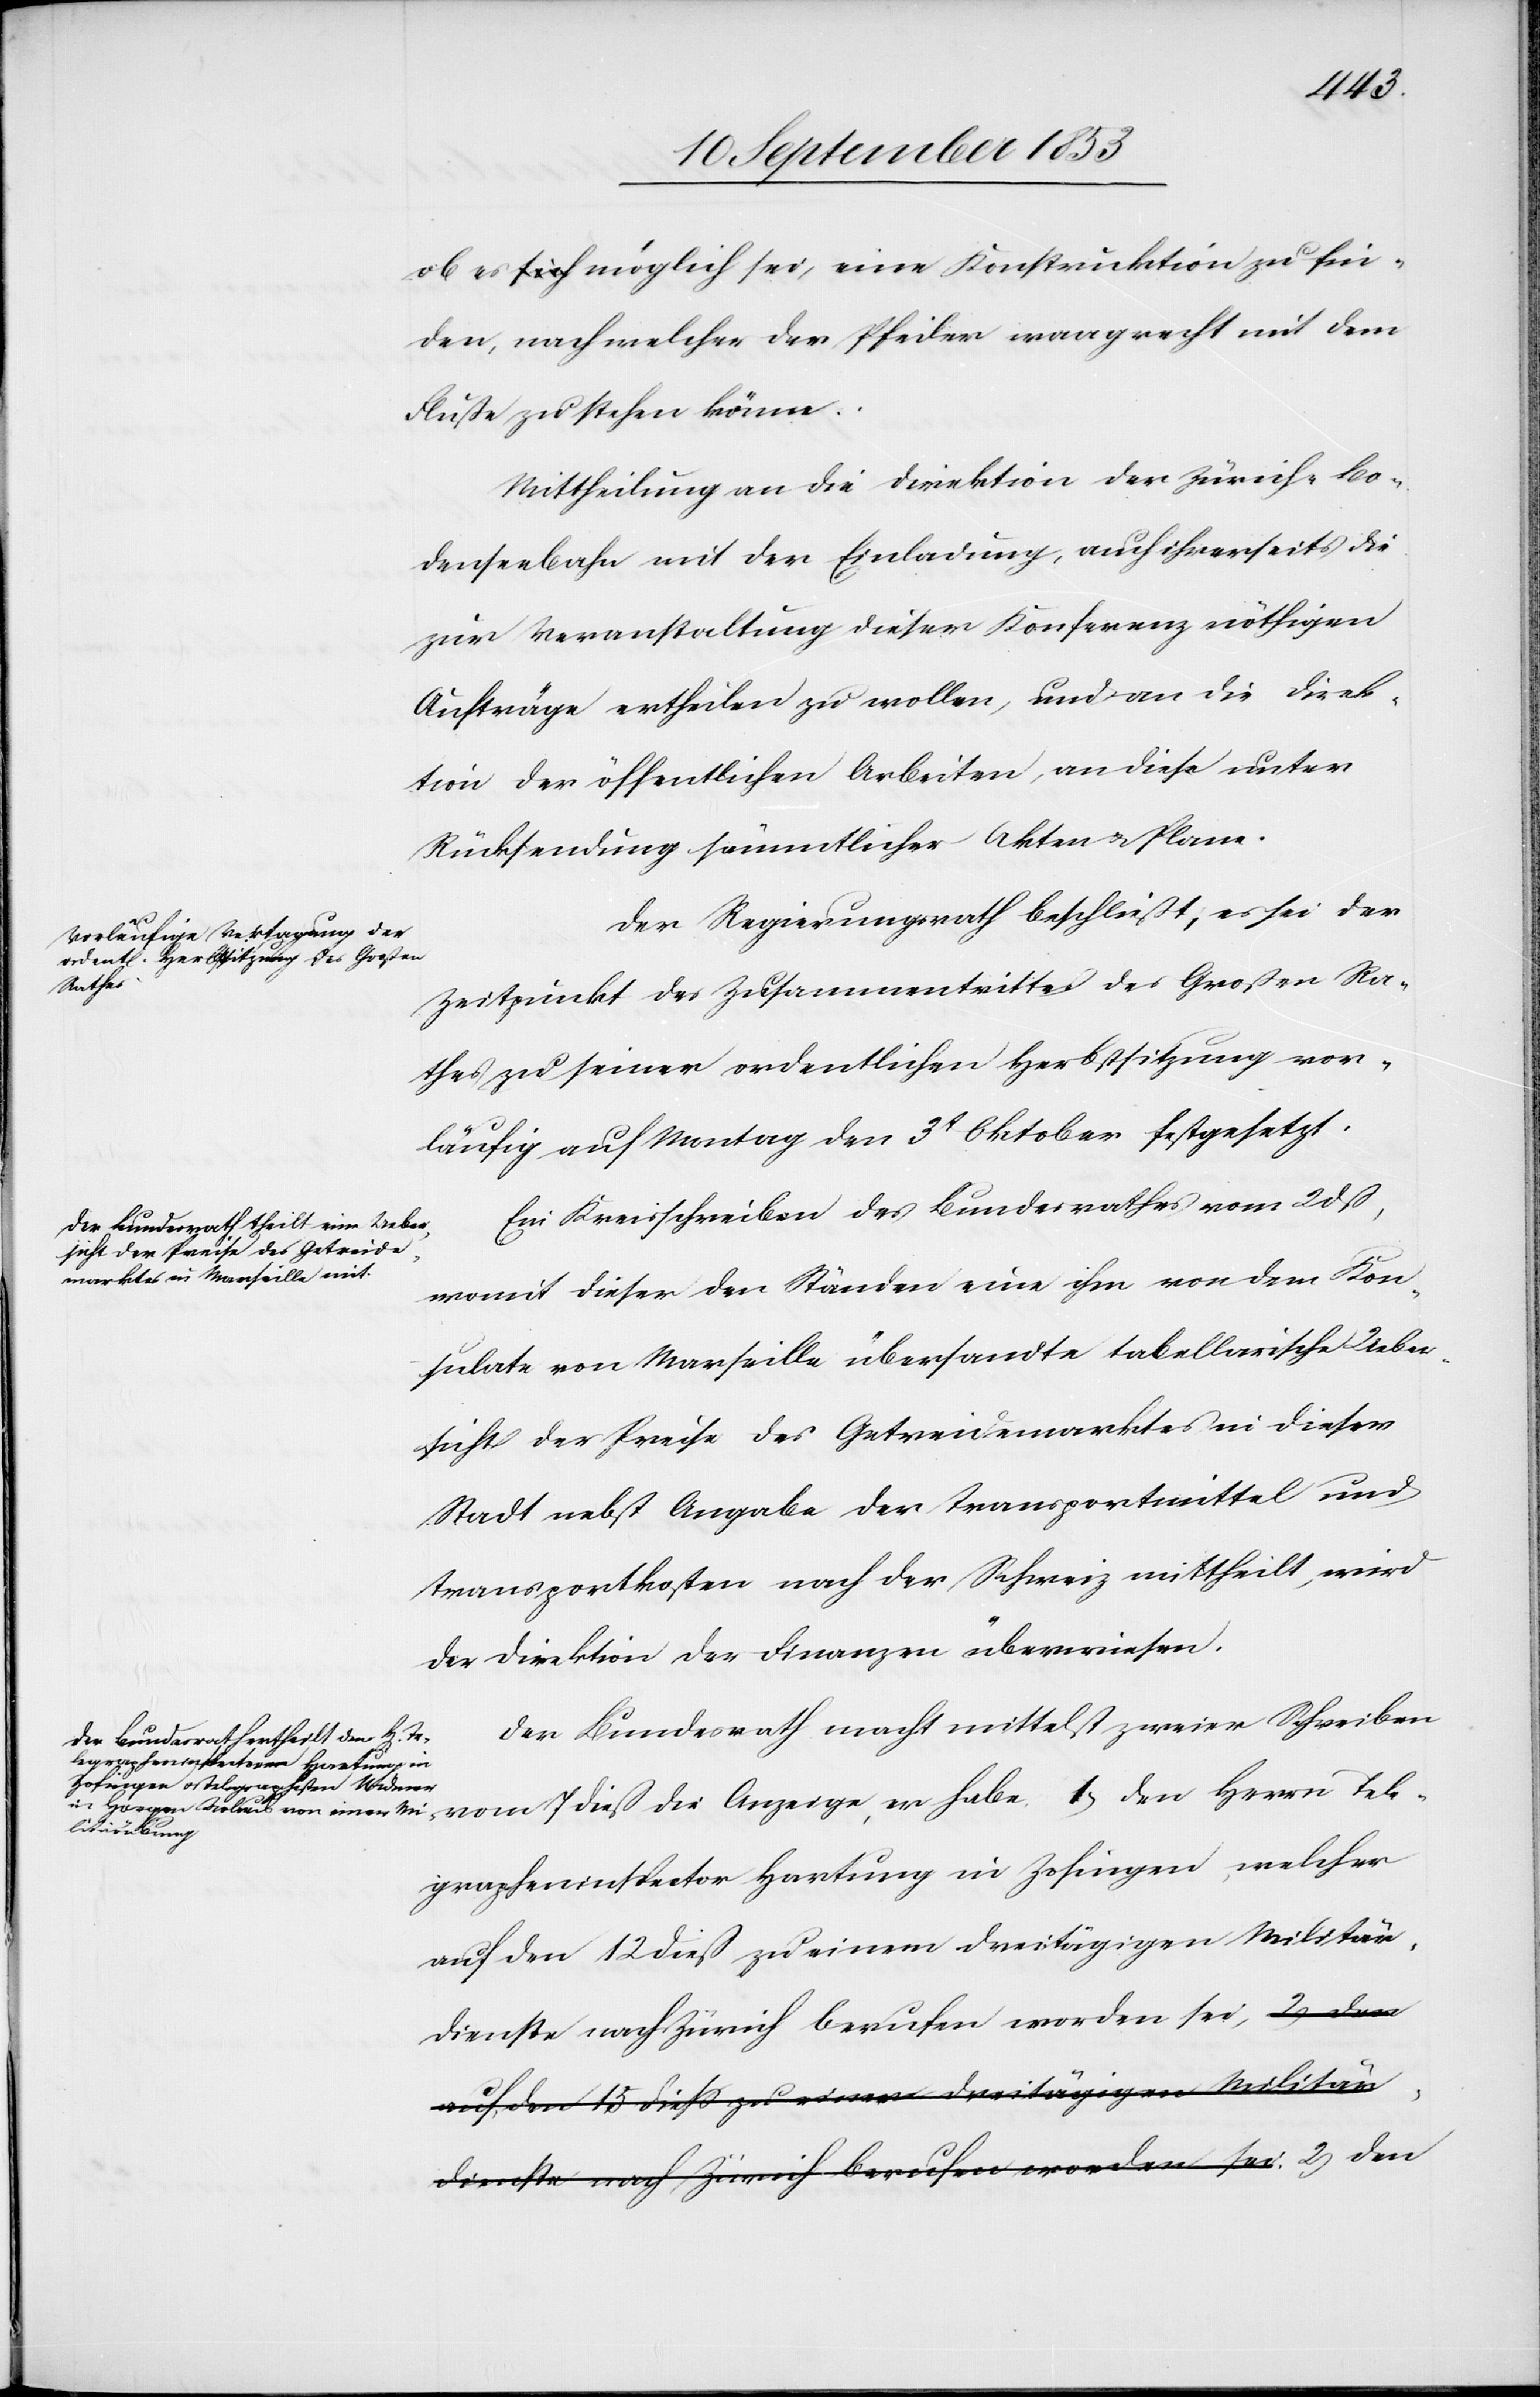
ob es möglich sei, eine Konstruktion zu fin¬
den, nach welcher der Pfeiler waagrecht mit dem
Fluße zu stehen könne.
Mittheilung an die Direktion der Zürich-Bo¬
denseebahn mit der Einladung, auch ihrerseits die
zur Veranstaltung dieser Konferenz nöthigen
Aufträge ertheilen zu wollen, und an die Direk¬
tion der öffentlichen Arbeiten, an diese unter
Rücksendung sämmtlicher Akten u. Plane.
Der Regierungsrath beschließt, es sei der
Zeitpunkt der Zusammentritte des Großen Ra¬
thes zu seiner ordentlichen Herbstsitzung vor¬
läufig auf Montag den 3t Oktober festgesetzt.
Ein Kreisschreiben des Bundesrathes vom 2 dß,
womit dieser den Ständen eine ihm von dem Kon¬
sulate von Marseille übersendete tabellarische Ueber¬
sicht der Preise des Getreidemarktes in dieser
Stadt nebst Angabe der Transportmittel und
Transportkosten nach der Schweiz mittheilt, wird
der Direktion der Finanzen überwiesen.
Der Bundesrath macht mittelst zweier Schreiben
Herrn Tele¬
grapheninspektor Hartung in Zofingen, welcher
auf den 12 dieß zu einem dreitägigen Militär¬
dienste nach Zürich berufen worden sei, 2, den